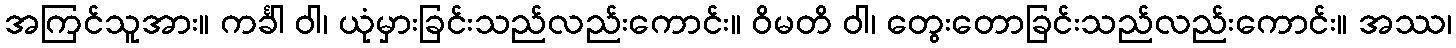
အကြင်သူအား။ ကင်္ခါ ဝါ၊ ယုံမှားခြင်းသည်လည်းကောင်း။ ဝိမတိ ဝါ၊ တွေးတောခြင်းသည်လည်းကောင်း။ အဿ၊